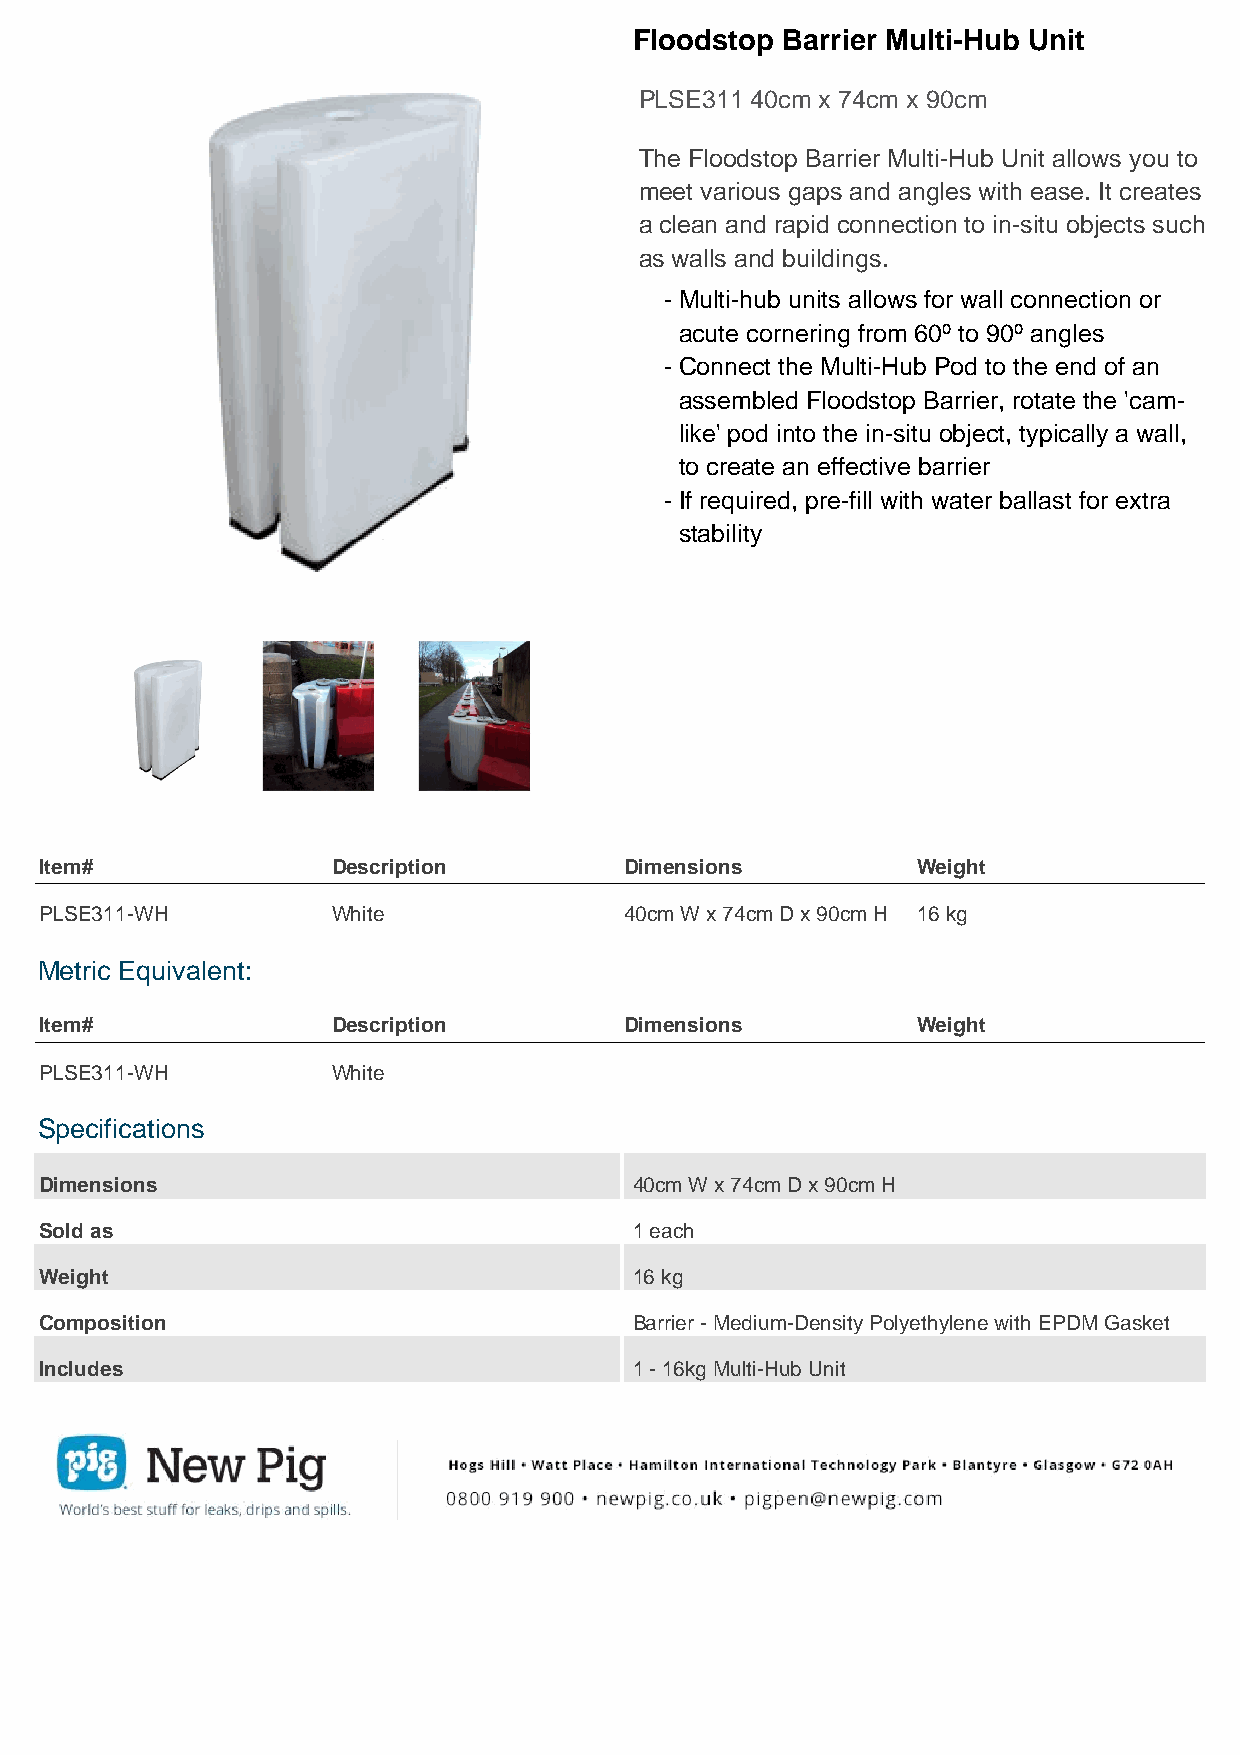
Floodstop Barrier Multi-Hub Unit
 PLSE311 40cm x 74cm x 90cm
 The Floodstop Barrier Multi-Hub Unit allows you to
 meet various gaps and angles with ease. It creates
 a clean and rapid connection to in-situ objects such
 as walls and buildings.
 - Multi-hub units allows for wall connection or
 acute cornering from 60º to 90º angles
 - Connect the Multi-Hub Pod to the end of an
 assembled Floodstop Barrier, rotate the 'cam-
 like' pod into the in-situ object, typically a wall,
 to create an effective barrier
 - If required, pre-fill with water ballast for extra
 stability
 Item#              Description        Dimensions          Weight
 PLSE311-WH         White              40cm W x 74cm D x 90cm H 16 kg
 Metric Equivalent:
 Item#              Description        Dimensions          Weight
 PLSE311-WH         White
 Specifications
 Dimensions                             40cm W x 74cm D x 90cm H
 Sold as                                1 each
 Weight                                 16 kg
 Composition                            Barrier - Medium-Density Polyethylene with EPDM Gasket
 Includes                               1 - 16kg Multi-Hub Unit